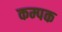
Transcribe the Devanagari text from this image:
कम्पक